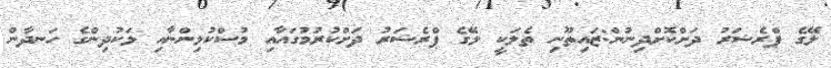
ލޭގެ ޕްރެޝަރު ދަށްކޮށްދިނުން:ޒައިތޫނި ތެލަކީ ލޭގެ ޕްރެޝަރު ދަށްކުރުމުގައާއި މުސްކުޅިންނާއި ޅަކުދިންގެ ހަނދާން